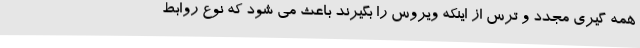
همه گیری مجدد و ترس از اینکه ویروس را بگیرند باعث می شود که نوع روابط